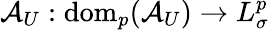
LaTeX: \mathcal{A}_{U}:\mathrm{dom}_{p}(\mathcal{A}_{U})\to L_{\sigma}^{p}